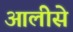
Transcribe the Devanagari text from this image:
आलीसे